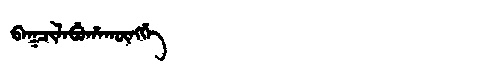
Manchu: ᠪᠠᡴᠴᡳᠯᠠᠪᡠᡥᠠᡴᡡᠩᡤᡝ
Romanization: BAKCILABUHAKŪNGGE